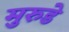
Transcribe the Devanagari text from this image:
मुरुडे